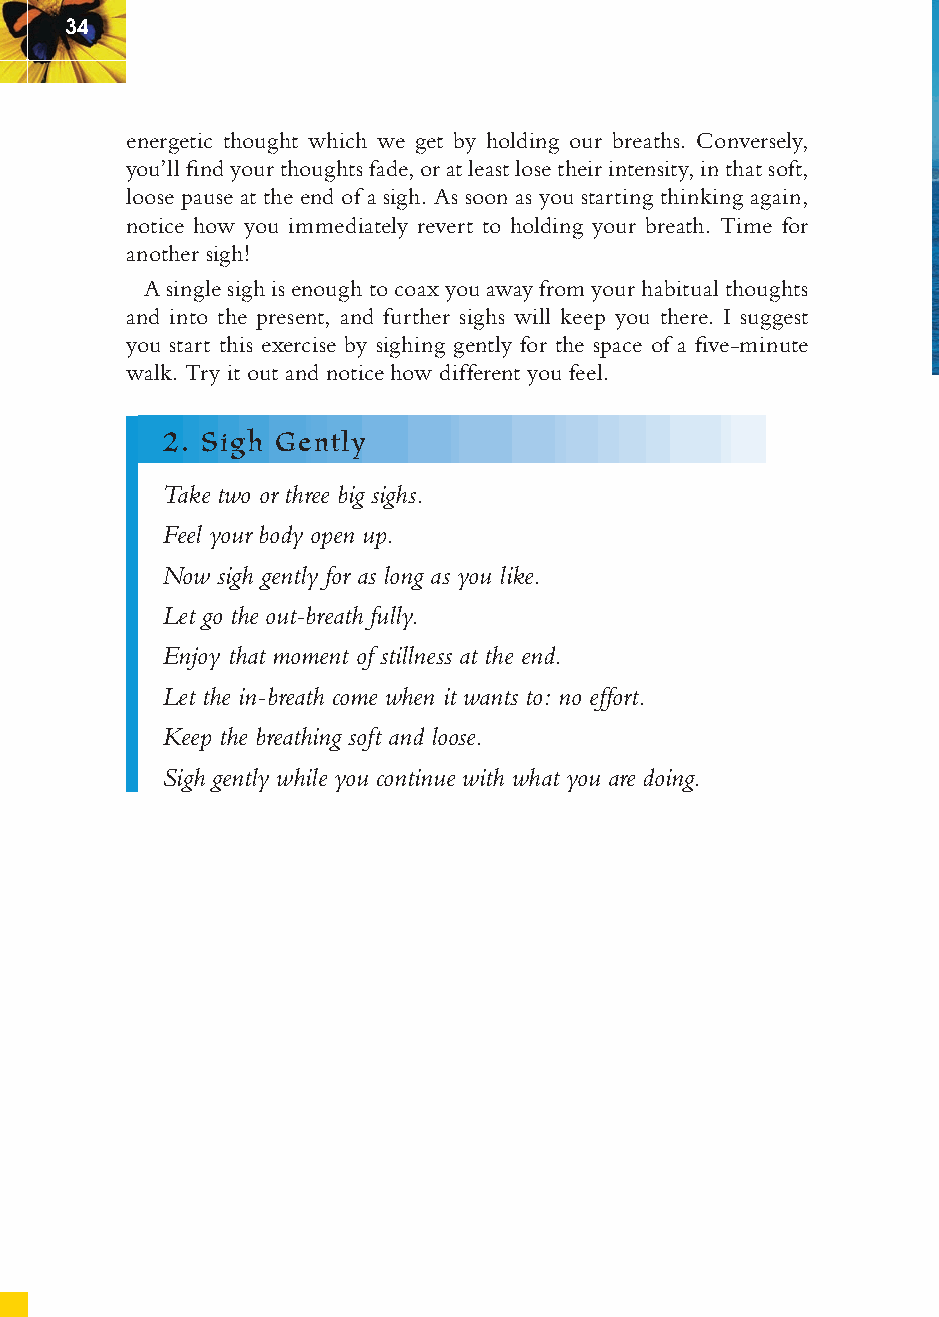
34
 energetic thought which we get by holding our breaths. Conversely,
 you’ll fi nd your thoughts fade, or at least lose their intensity, in that soft,
 loose pause at the end of a sigh. As soon as you starting thinking again,
 notice how you immediately revert to holding your breath. Time for
 another sigh!
 A single sigh is enough to coax you away from your habitual thoughts
 and into the present, and further sighs will keep you there. I suggest
 you start this exercise by sighing gently for the space of a fi ve-minute
 walk. Try it out and notice how different you feel.
 2. Sigh Gently
 Take two or three big sighs.
 Feel your body open up.
 Now sigh gently for as long as you like.
 Let go the out-breath fully.
 Enjoy that moment of stillness at the end.
 Let the in-breath come when it wants to: no effort.
 Keep the breathing soft and loose.
 Sigh gently while you continue with what you are doing.
 ffiivvee__220000667788..iinndddd SSeecc11::3388     3300//55//0055 55::0033::3399 PPMM